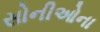
સોનીઓના